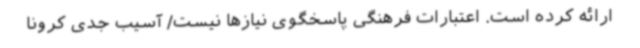
ارائه کرده است. اعتبارات فرهنگی پاسخگوی نیازها نیست/ آسیب جدی کرونا